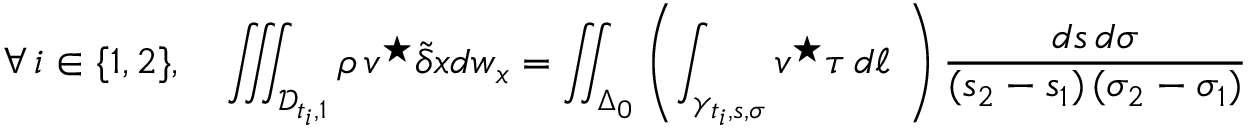
\forall \, i \in \{ 1 , 2 \} , \quad \iiint _ { { \mathcal D } _ { t _ { i } , 1 } } \rho \, \boldsymbol { v } ^ { \star } \tilde { \delta } \boldsymbol { x } d w _ { \boldsymbol x } = \iint _ { \Delta _ { 0 } } \left( \int _ { \gamma _ { t _ { i } , { s } , { \sigma } } } \boldsymbol { v } ^ { \star } \boldsymbol { \tau } \, d \ell \ \right) \frac { d s \, d \sigma } { ( s _ { 2 } - s _ { 1 } ) \, ( \sigma _ { 2 } - \sigma _ { 1 } ) }